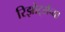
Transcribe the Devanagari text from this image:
रिझोर्ट्सच्या